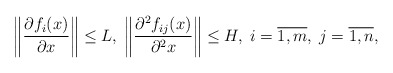
\begin{align*}\left\|\frac{\partial f_i(x)}{\partial x}\right\|\le L,\; \left\|\frac{\partial^2 f_{ij}(x)}{\partial^2 x}\right\|\le H,\; i=\overline{1,m},\;j=\overline{1,n},\end{align*}